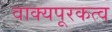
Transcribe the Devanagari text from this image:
वाक्यपूरकत्व